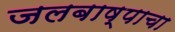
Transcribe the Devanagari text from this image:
जलबाष्पाचा